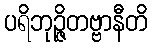
ပရိဘုဉ္ဇိတဗ္ဗာနီတိ